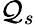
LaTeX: \mathcal{Q}_{s}